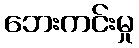
ဘေးကင်းမှု